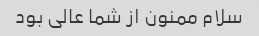
سلام ممنون از شما عالی بود